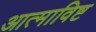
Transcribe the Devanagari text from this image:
आत्माविष्ट